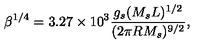
\beta ^ { 1 / 4 } = 3 . 2 7 \times 1 0 ^ { 3 } { \frac { g _ { s } ( M _ { s } L ) ^ { 1 / 2 } } { ( 2 \pi R M _ { s } ) ^ { 9 / 2 } } } ,